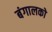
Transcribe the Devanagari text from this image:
बंगालको